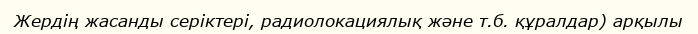
Жердің жасанды серіктері, радиолокациялық және т.б. құралдар) арқылы